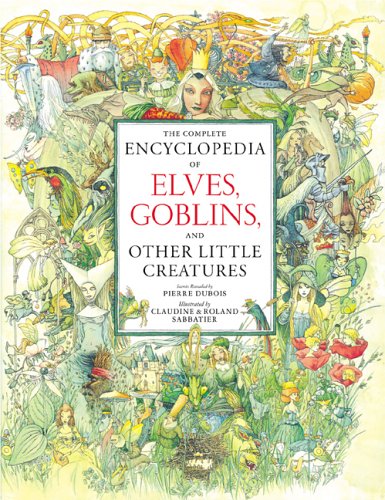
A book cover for The Complete Encyclopedia of Elves, Goblins, and Other Little Creatures; Pierre DuBois; Reference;